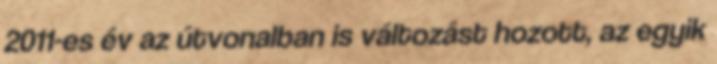
2011-es év az útvonalban is változást hozott, az egyik